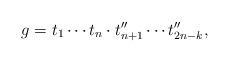
LaTeX: \begin{align*}g= t_1\cdots t_n\cdot t''_{n+1}\cdots t''_{2n-k},\end{align*}